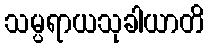
သမ္ပရာယသုခါယာတိ